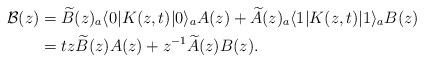
LaTeX: \begin{align*}\mathcal{B}(z)&=\widetilde{B}(z) {}_a \langle 0| K(z,t)|0 \rangle_a A(z)+\widetilde{A}(z) {}_a \langle 1| K(z,t)|1 \rangle_a B(z) \\&=tz \widetilde{B}(z)A(z)+z^{-1} \widetilde{A}(z) B(z). \end{align*}